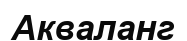
Акваланг